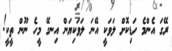
ރޭގަ އެންމެ ހަޑިކޮށް ލަވަކީ އޭނަ ލަވަކިޔަން އިނގޭ މީހެ ނޫން ތީކީ!